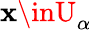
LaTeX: \mathbf{x}\inU_{\alpha}